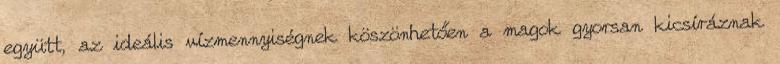
együtt, az ideális vízmennyiségnek köszönhetően a magok gyorsan kicsíráznak